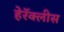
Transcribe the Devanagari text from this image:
हेरॅक्लीस